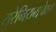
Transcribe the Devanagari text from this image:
युरेनियमपेक्षा